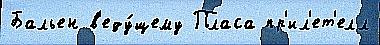
Бальен в'еду́щему Пласа пр'ил'ет'елл